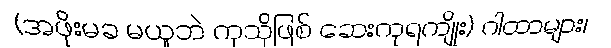
(အဖိုးမခ မယူဘဲ ကုသိုဖြစ် ဆေးကုရကျိုး) ဂါထာများ၊